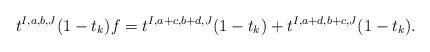
LaTeX: \begin{align*}t^{I,a,b,J} (1-t_k) f = t^{I,a+c,b+d,J}(1-t_k) + t^{I,a+d,b+c,J}(1-t_k).\end{align*}